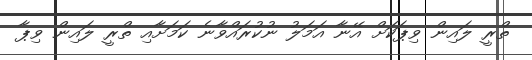
ތްރީ ލައިން ވިޕަކަށް އޭނާ އަމަލު ނުކުރައްވާނެ ކަމަށާއި ތްރީ ލައިން ވިޕާ